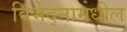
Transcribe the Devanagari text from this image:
विभेद्नामधील